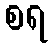
စရ